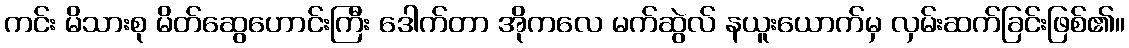
ကင်း မိသားစု မိတ်ဆွေဟောင်းကြီး ဒေါက်တာ အိုကလေ မက်ဆွဲလ် နယူးယောက်မှ လှမ်းဆက်ခြင်းဖြစ်၏။